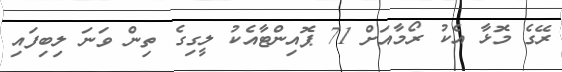
ރޭގެ މޮޅާ އެކު ރޯމާއަށް 71 ޕޮއިންޓާއެކު ލީގިގެ ތިން ވަނަ ލިބިފައި